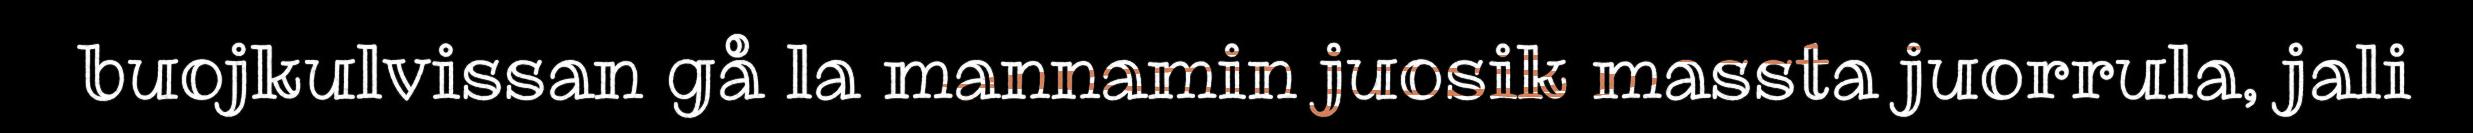
buojkulvissan gå la mannamin juosik massta juorrula, jali